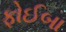
ફોઈબા